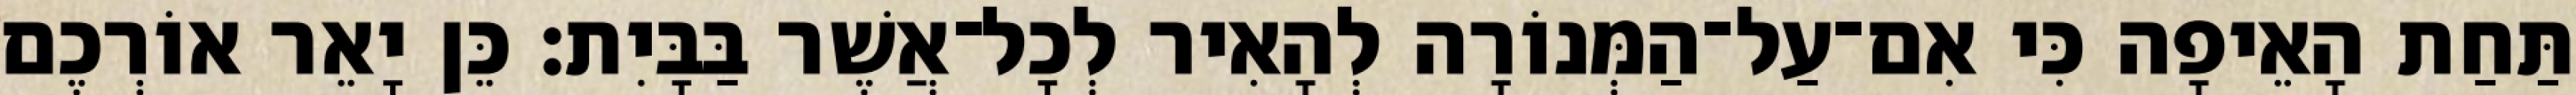
תַּחַת הָאֵיפָה כִּי אִם־עַל־הַמְּנוֹרָה לְהָאִיר לְכָל־אֲשֶׁר בַּבָּיִת׃ כֵּן יָאֵר אוֹרְכֶם